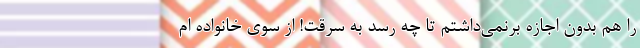
را هم بدون اجازه برنمی‌داشتم تا چه رسد به سرقت! از سوی خانواده ام